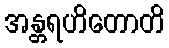
အန္တရဟိတောတိ